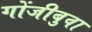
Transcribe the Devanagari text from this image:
गोंजीबुवा